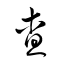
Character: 査